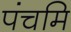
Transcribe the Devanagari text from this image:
पंचमि